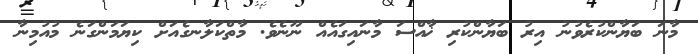
މާނަ ބަޔާންކުރެވުނު އިރު ބަޔާންކުރި ޚާއްސަ މާނައިގައެއް ނޫނެވެ. މާތްކަލާނގެއަށް ކިޔަމަންގަނެ މުއުމިނާ